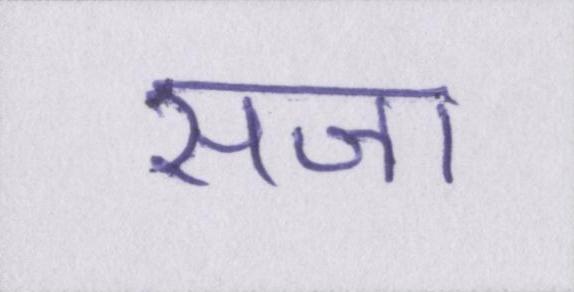
सजा